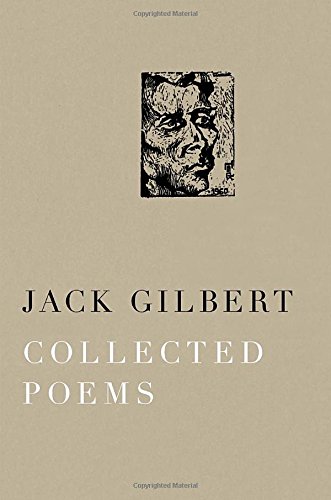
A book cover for Collected Poems; Jack Gilbert; Literature & Fiction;